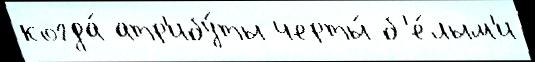
когда́ атр'ибу́ты черты́ б'е́лым'и